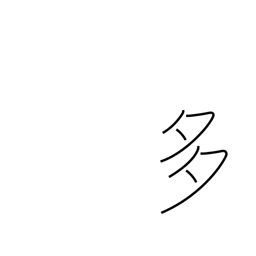
Meaning: frequent